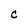
Character: C